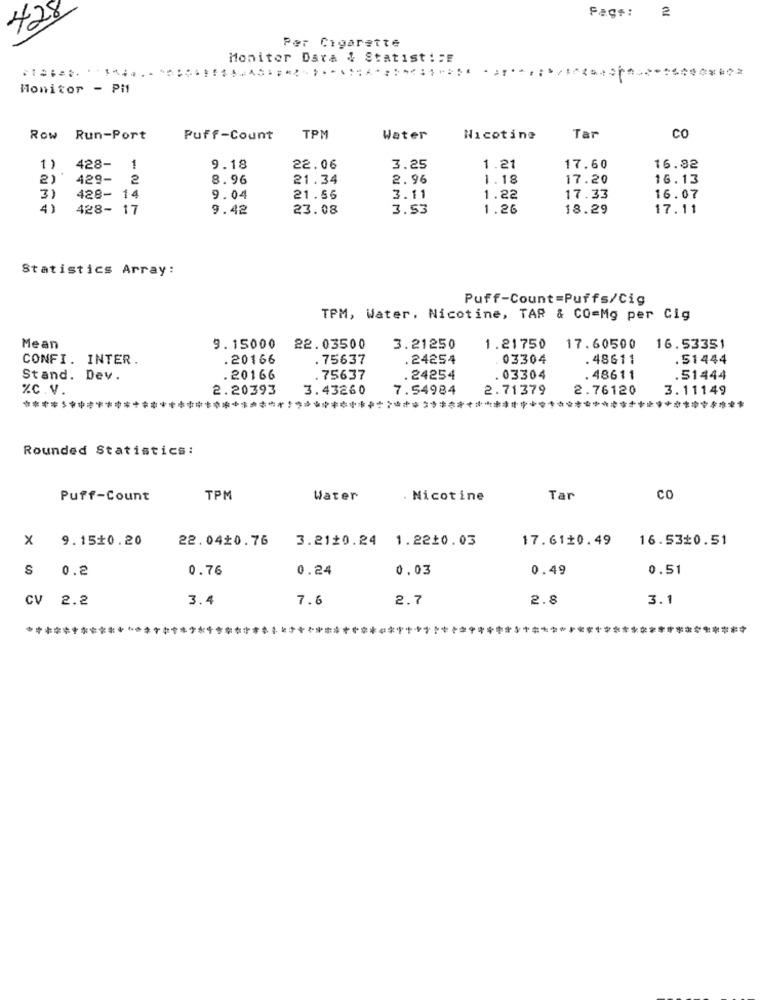
428
Fags:
2
Per Cigarette
Monitor Dara & Statisti :E
Monitor - Pit
Row Run-Port
Puff-Count
TPM
Water
Nicotine
Tar
co
1)
428-
1
9.18
22.06
3.25
1.21
17.60
16.82
2)
429-
2
8.96
21.34
2.96
1.18
17.20
16.13
3)
128- 14
9.04
21.56
3.11
1.22
17.33
16.07
41
428- 17
9.42
23.08
3.53
1.26
18.29
17.11
Statistics Array:
Puff-Count=Puffs/Cig
TPM, Water. Nicotine, TAR & CO=Mg per Cig
Mean
9.15000
22.03500
3.21250
1.21750 17.60500 16.53351
CONFI. INTER.
.20166
. 75637
.24254
03304
.48611
.51444
Stand. Dev.
.20166
.75637
.24254
.03304
.48611
.51444
%C .V.
2.20393
3.43260
7.54984
2.71379
2.76120
3.11149
****,
**************************************************
Rounded Statistics:
Puff-Count
TPM
Water
Nicotine
Tar
CO
X 9.15$0.20
22.0420.76
3.21$0.24 1.2220.03
17.61 0.49
16.53 0.51
s 0.2
0.76
0.24
0.03
0.49
0.51
CV 2.2
3.4
7.6
2.7
2.8
3.1
***************************************
**********
*************************